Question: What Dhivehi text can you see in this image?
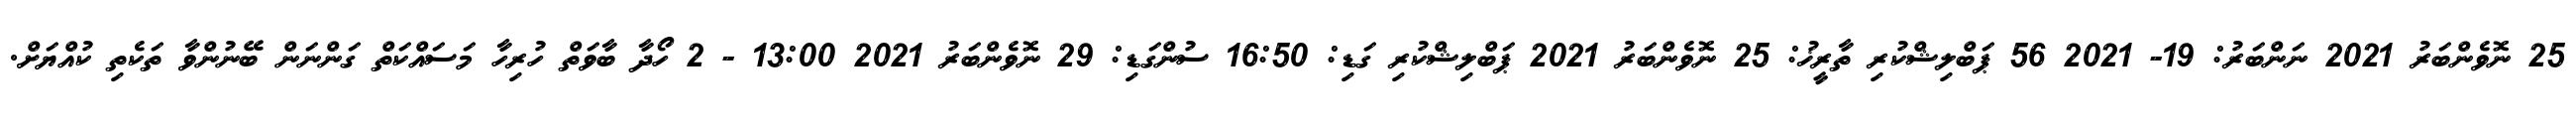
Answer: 25 ނޮވެންބަރު 2021 ނަންބަރު: 19- 2021 56 ޕަބްލިޝްކުރި ތާރީޚު: 25 ނޮވެންބަރު 2021 ޕަބްލިޝްކުރި ގަޑި: 16:50 ސުންގަޑި: 29 ނޮވެންބަރު 2021 13:00 - 2 ހޯދާ ބާވަތް ހުރިހާ މަސައްކަތް ގަންނަން ބޭނުންވާ ތަކެތި ކުއްޔަށް.